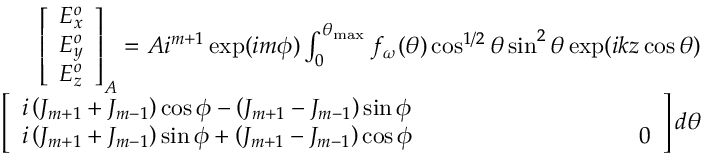
\begin{array} { r } { \left[ \begin{array} { l } { E _ { x } ^ { o } } \\ { E _ { y } ^ { o } } \\ { E _ { z } ^ { o } } \end{array} \right] _ { A } = A i ^ { m + 1 } \exp ( i m \phi ) \int _ { 0 } ^ { \theta _ { \operatorname* { m a x } } } f _ { \omega } ( \theta ) \cos ^ { 1 / 2 } \theta \sin ^ { 2 } \theta \exp ( i k z \cos \theta ) } \\ { \left[ \begin{array} { l } { i \left( J _ { m + 1 } + J _ { m - 1 } \right) \cos \phi - \left( J _ { m + 1 } - J _ { m - 1 } \right) \sin \phi } \\ { i \left( J _ { m + 1 } + J _ { m - 1 } \right) \sin \phi + \left( J _ { m + 1 } - J _ { m - 1 } \right) \cos \phi \ ~ ~ ~ ~ ~ ~ ~ ~ ~ ~ ~ ~ ~ ~ ~ ~ ~ ~ ~ ~ ~ ~ ~ ~ ~ ~ ~ ~ 0 } \end{array} \right] d \theta } \end{array}